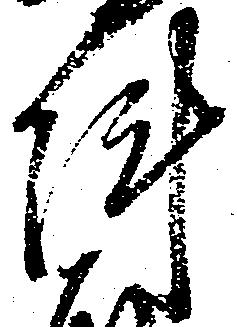
陣